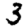
Digit: 3